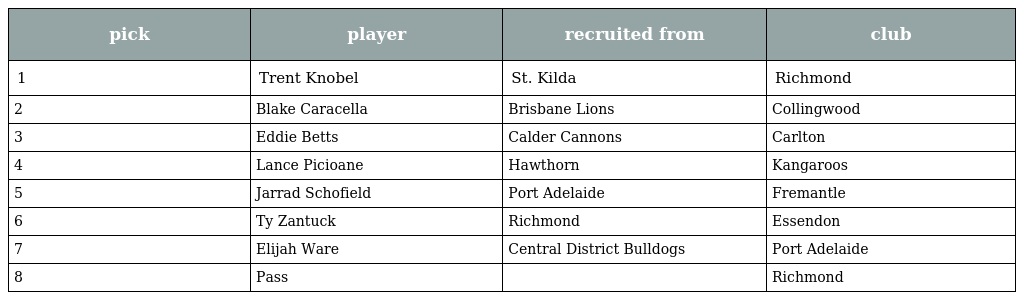
| pick | player | recruited from | club |
 | --- | --- | --- | --- |
 | 1 | Trent Knobel | St. Kilda | Richmond |
 | 2 | Blake Caracella | Brisbane Lions | Collingwood |
 | 3 | Eddie Betts | Calder Cannons | Carlton |
 | 4 | Lance Picioane | Hawthorn | Kangaroos |
 | 5 | Jarrad Schofield | Port Adelaide | Fremantle |
 | 6 | Ty Zantuck | Richmond | Essendon |
 | 7 | Elijah Ware | Central District Bulldogs | Port Adelaide |
 | 8 | Pass |  | Richmond |